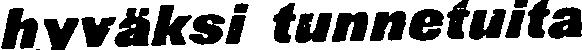
hyväksi tunnetuita